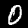
Digit: 0